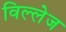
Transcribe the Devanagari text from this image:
विल्लेज